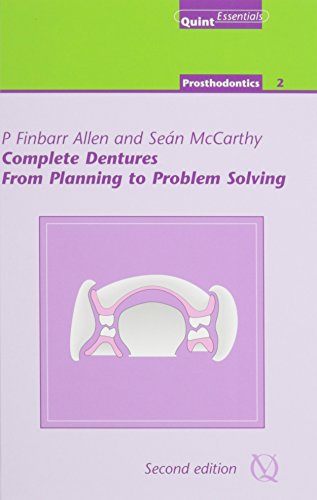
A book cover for Complete Dentures from Planning to Problem Solving (Quintessentials of Dental Practice); P. Finbarr Allen; Medical Books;